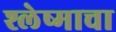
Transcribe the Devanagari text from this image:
श्लेष्माचा